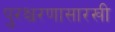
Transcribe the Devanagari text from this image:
पुरश्चरणासारखी